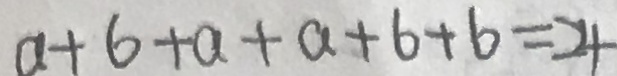
a + 6 + a + a + 6 + 6 = 2 4